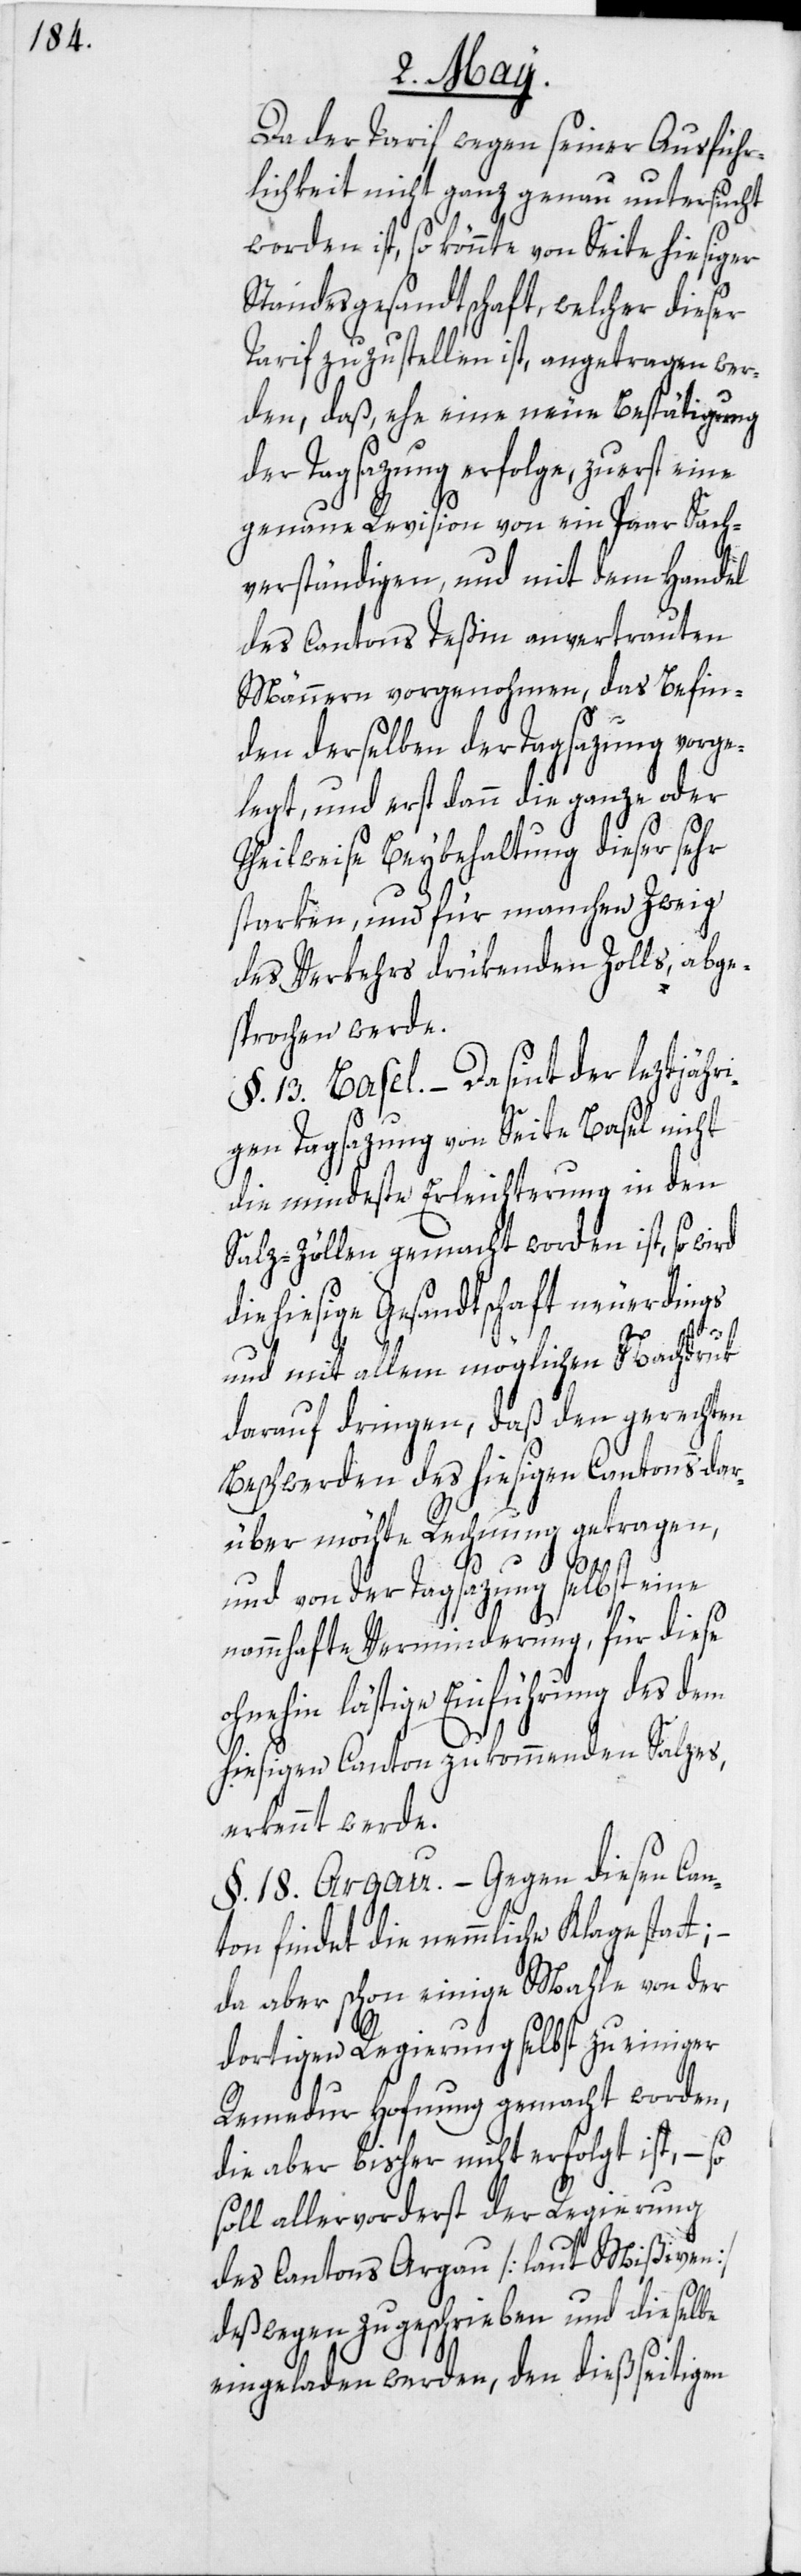
Da der Tarif wegen seiner Ausführ¬
lichkeit nicht ganz genau untersucht
worden ist, so könnte von Seite hiesiger
Standesgesandtschaft, welcher dieser
Tarif zuzustellen ist, angetragen wer¬
den, daß, ehe eine neue Bestätigung
der Tagsazung erfolge, zuerst eine
genaue Revision von ein Paar Sach¬
verständigen, und mit dem Handel
des Cantons Teßin anvertrauten
Männern vorgenohmen, das Befin¬
den derselben der Tagsazung vorge¬
legt, und erst dann die ganze oder
Theilweise Beybehaltung dieser sehr
starken, und für manchen Zweig
des Verkehrs drükenden Zolls, abge¬
sprochen werde.
§. 13. Basel. – Da sint der leztjähr¬
igen Tagsazung von Seite Basel nicht
die mindeste Erleichterung in den
Salz-Zöllen gemacht worden ist, so wird
die hiesige Gesandtschaft neuerdings
und mit allem möglichen Nachdruk
darauf dringen, daß den gerechten
Beschwerden des hiesigen Cantons dar¬
über möchte Rechnung getragen,
und von der Tagsazung selbst eine
nammhafte Verminderung, für diese
ohnehin lästige Einführung des dem
hiesigen Canton zukommenden Salzes,
erkennt werde.
§. 18. Argau. – Gegen diesen Can¬
ton findet die nemmliche Klage statt;
da aber schon einige Mahle von der
dortigen Regierung selbst zu einiger
Remedur Hofnung gemacht worden,
die aber bisher nicht erfolgt ist, – so
soll allervorderst der Regierung
des Cantons Argau [laut Mißiven]
deßwegen zugeschrieben und dieselbe
eingeladen werden, den dießseitigen